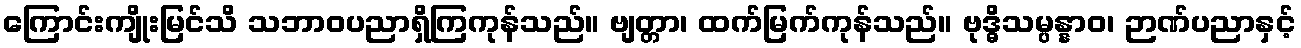
ကြောင်းကျိုးမြင်သိ သဘာဝပညာရှိကြကုန်သည်။ ဗျတ္တာ၊ ထက်မြက်ကုန်သည်။ ဗုဒ္ဓိသမ္ပန္နာဝ၊ ဉာဏ်ပညာနှင့်